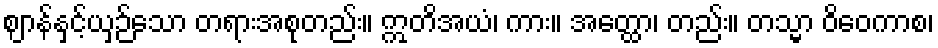
ဈာန်နှင့်ယှဉ်သော တရားအစုတည်း။ ဣတိအယံ၊ ကား။ အတ္ထော၊ တည်း။ တသ္မာ ဝိဝေကာစ၊